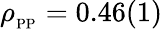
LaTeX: \rho_{_{\mathrm{PP}}}=0.46(1)